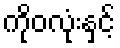
ကိုဝလုံးနှင့်